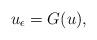
LaTeX: \begin{align*}u_{\epsilon}=G(u),\end{align*}